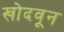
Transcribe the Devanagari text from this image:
खोदवून